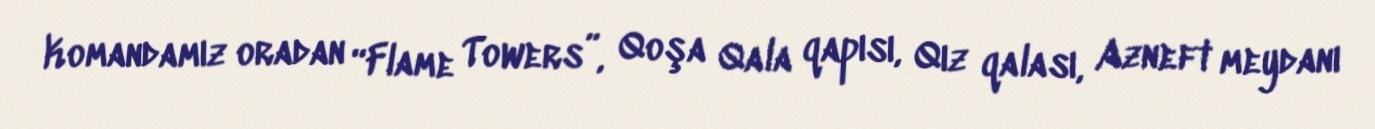
Komandamız oradan “Flame Towers”, Qoşa Qala qapısı, Qız qalası, Azneft meydanı